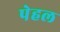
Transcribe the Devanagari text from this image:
पेहल